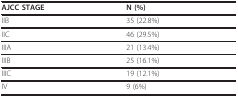
| AJCC STAGE | N (%) |
 | --- | --- |
 | IIB | 35 (22.8%) |
 | IIC | 46 (29.5%) |
 | IIIA | 21 (13.4%) |
 | IIIB | 25 (16.1%) |
 | IIIC | 19 (12.1%) |
 | IV | 9 (6%) |